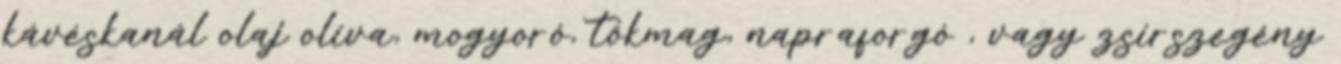
kávéskanál olaj olíva, mogyoró, tökmag, napraforgó , vagy zsírszegény